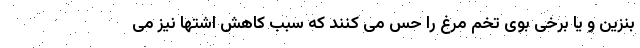
بنزین و یا برخی بوی تخم مرغ را حس می کنند که سبب کاهش اشتها نیز می